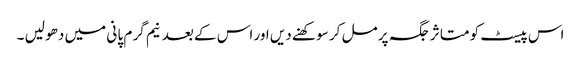
اس پیسٹ کو متا ثر جگہ پر مل کر سو کھنے دیں اور اس کے بعد نیم گر م پا نی میں دھو لیں ۔